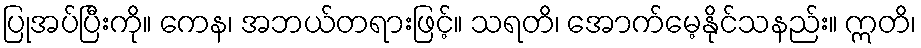
ပြုအပ်ပြီးကို။ ကေန၊ အဘယ်တရားဖြင့်။ သရတိ၊ အောက်မေ့နိုင်သနည်း။ ဣတိ၊